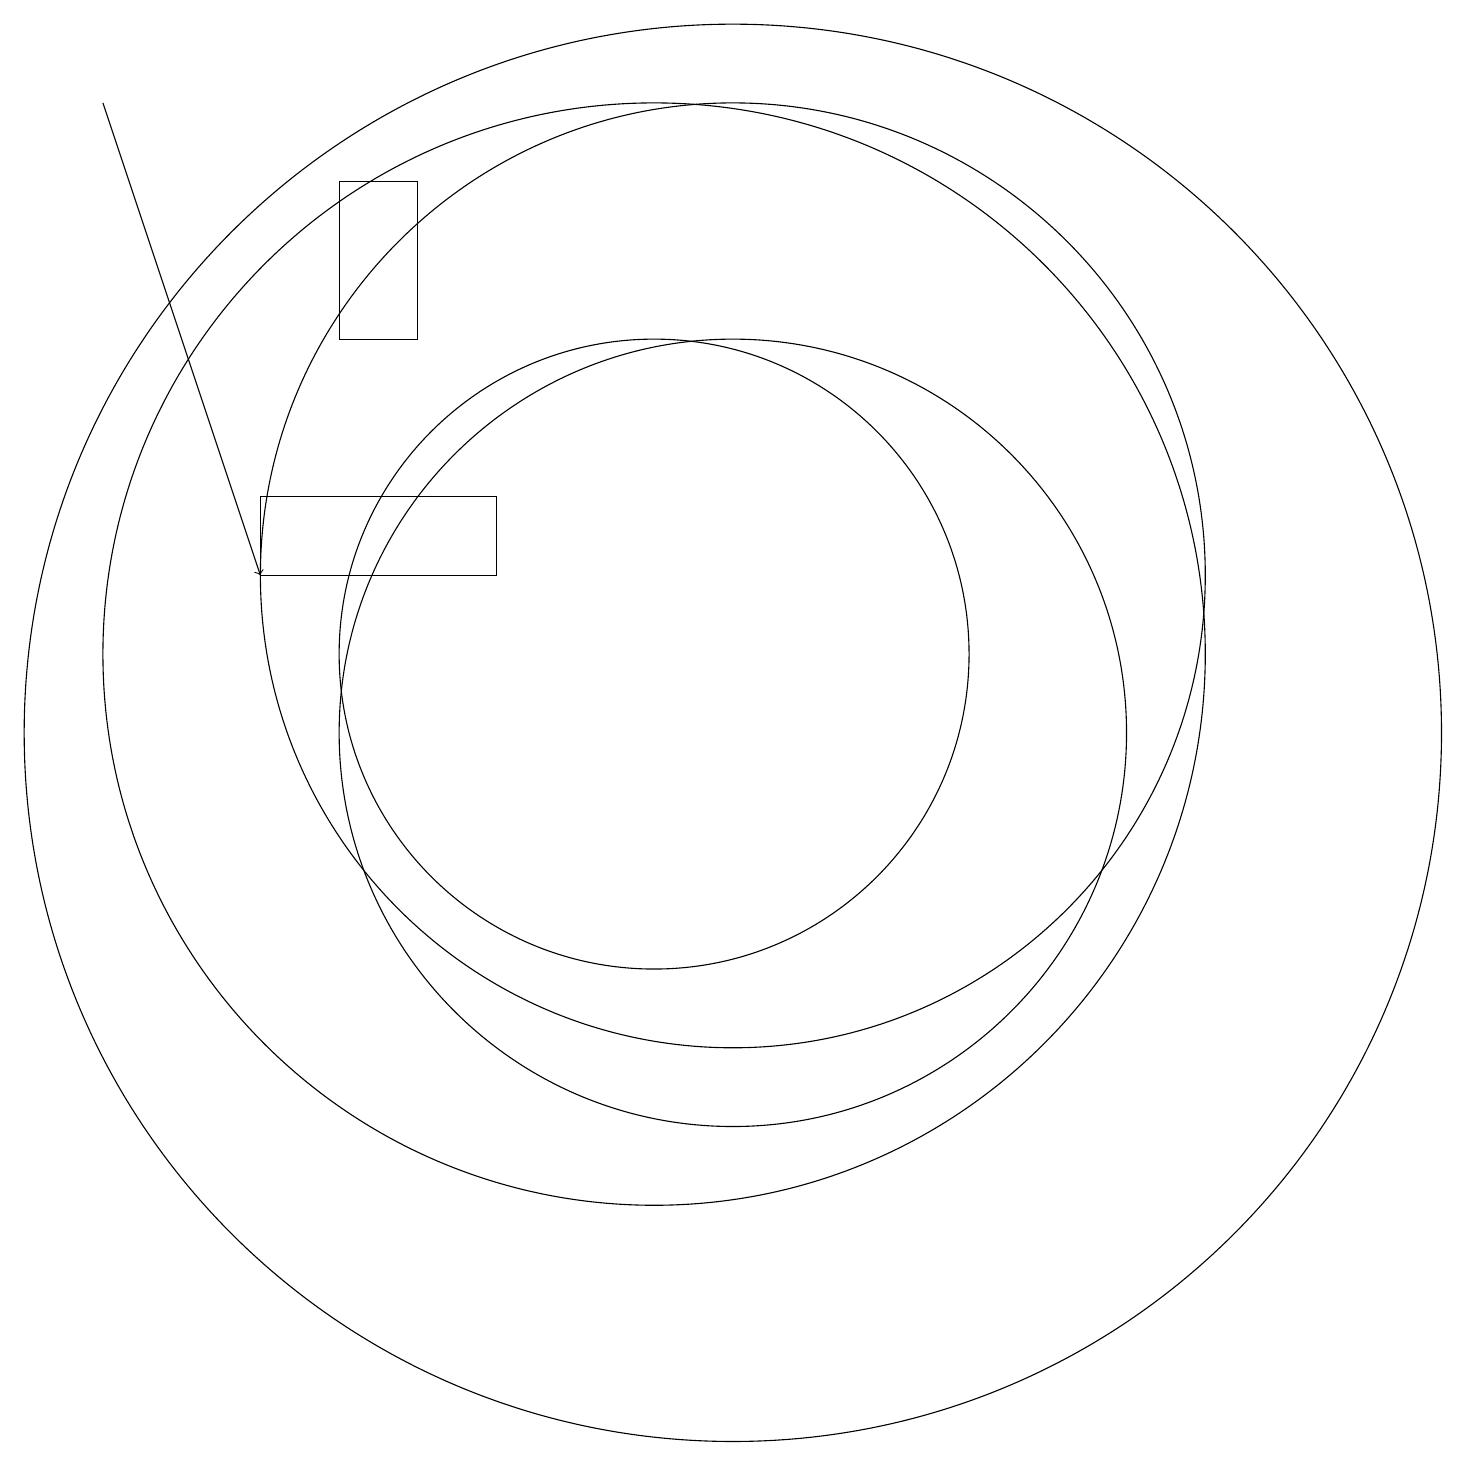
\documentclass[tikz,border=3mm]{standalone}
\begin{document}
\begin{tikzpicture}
\draw (11,10) circle (5);
\draw (11,10) circle (9);
\draw (8,12) rectangle (5,13);
\draw[->] (3,18) -- (5,12);
\draw (10,11) circle (4);
\draw (11,12) circle (6);
\draw (7,17) rectangle (6,15);
\draw (10,11) circle (7);
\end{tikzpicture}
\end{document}